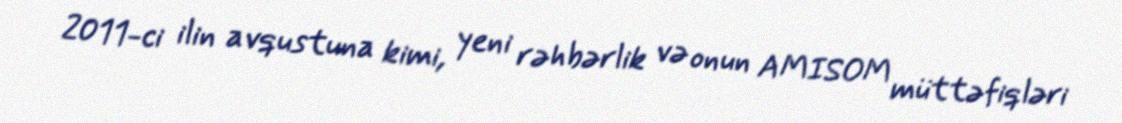
2011-ci ilin avqustuna kimi, yeni rəhbərlik və onun AMISOM müttəfiqləri